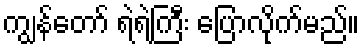
ကျွန်တော် ရဲရဲကြီး ပြောလိုက်မည်။